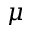
\mu